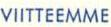
VIITTEEMME